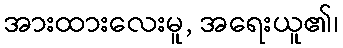
အားထားလေးမူ, အရေးယူ၏၊